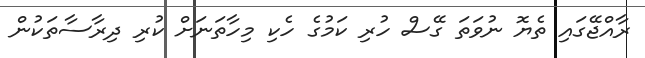
ރާއްޖޭގައި ތެޔޮ ނުވަތަ ގޭސް ހުރި ކަމުގެ ހެކި މިހާތަނަށް ކުރި ދިރާސާތަކުން